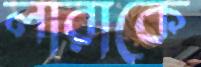
লারাকে